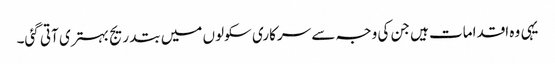
یہی وہ اقدامات ہیں جن کی وجہ سے سرکاری سکولوں میں بتدریج بہتری آتی گئی۔